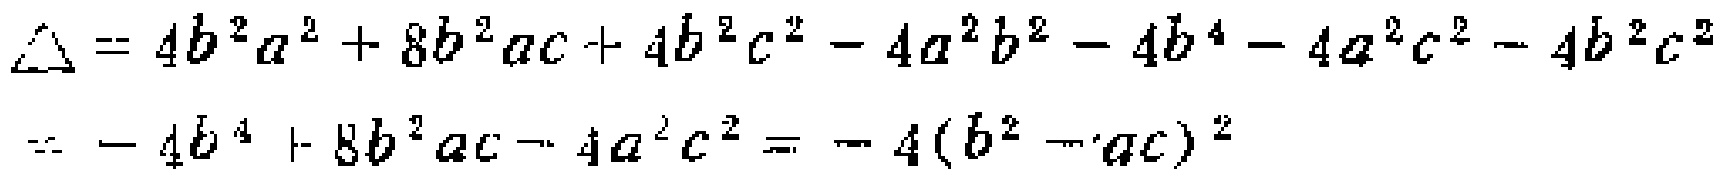
\[\begin{align*}
\Delta&= 4b^{2}a^{2}+8b^{2}ac + 4b^{2}c^{2}-4a^{2}b^{2}-4b^{4}-4a^{2}c^{2}-4b^{2}c^{2}\\
&=- 4b^{4}+8b^{2}ac - 4a^{2}c^{2}=-4(b^{2}-ac)^{2}
\end{align*}\]